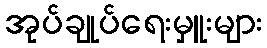
အုပ်ချုပ်ရေးမှူးများ